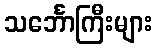
သင်္ဘောကြီးများ